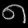
Digit: ၈